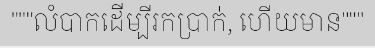
"""លំបាកដើម្បីរកប្រាក់, ហើយមាន"""